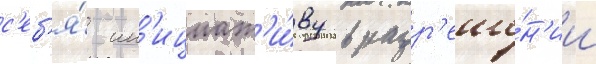
с'еб'я́ ин'ициат'и́ву в разр'еше́н'ии